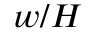
w / H